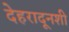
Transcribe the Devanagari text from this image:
देहरादूनशी